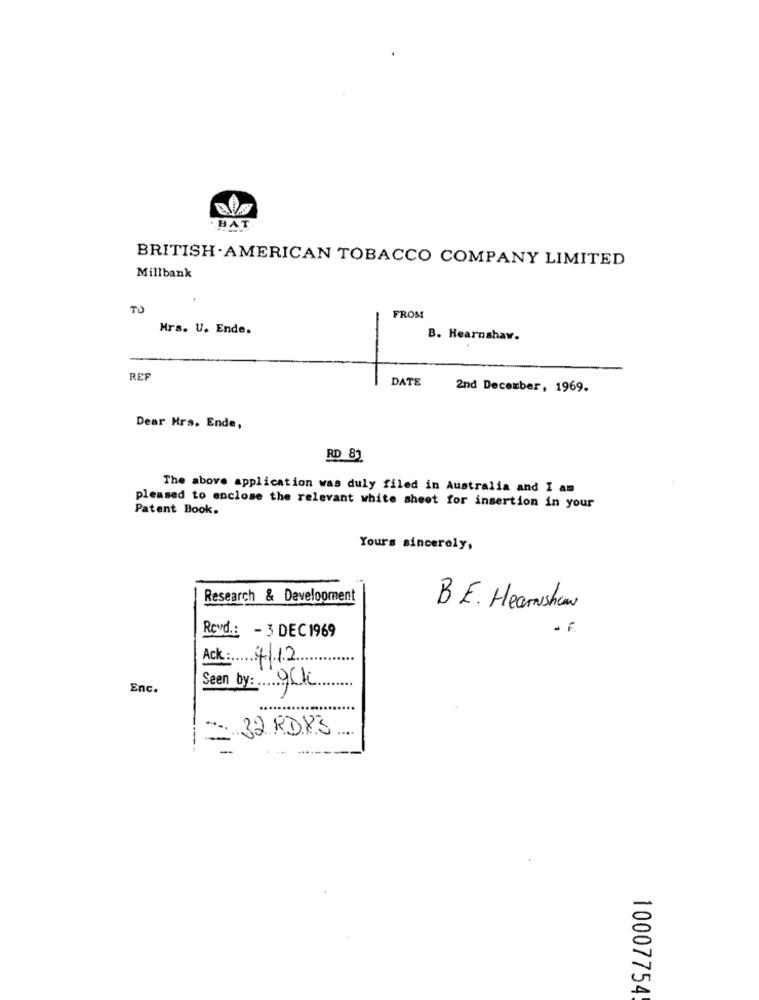
HAT
BRITISH-AMERICAN TOBACCO COMPANY LIMITED
Millbank
TO
FROM
Mrs. U. Ende.
B. Hearnshav.
REF
DATE
2nd December, 1969.
Dear Hrs. Ende,
RD 83
The above application was duly filed in Australia and I am
Patent Book.
pleased to enclose the relevant white sheet for insertion in your
Yours sincerely,
Research & Development
BE. Hearnshaw
Revd .: - 3 DEC1969
Ack: 4/12
Enc.
Seen by: 9ck.
32 RD83
10007754